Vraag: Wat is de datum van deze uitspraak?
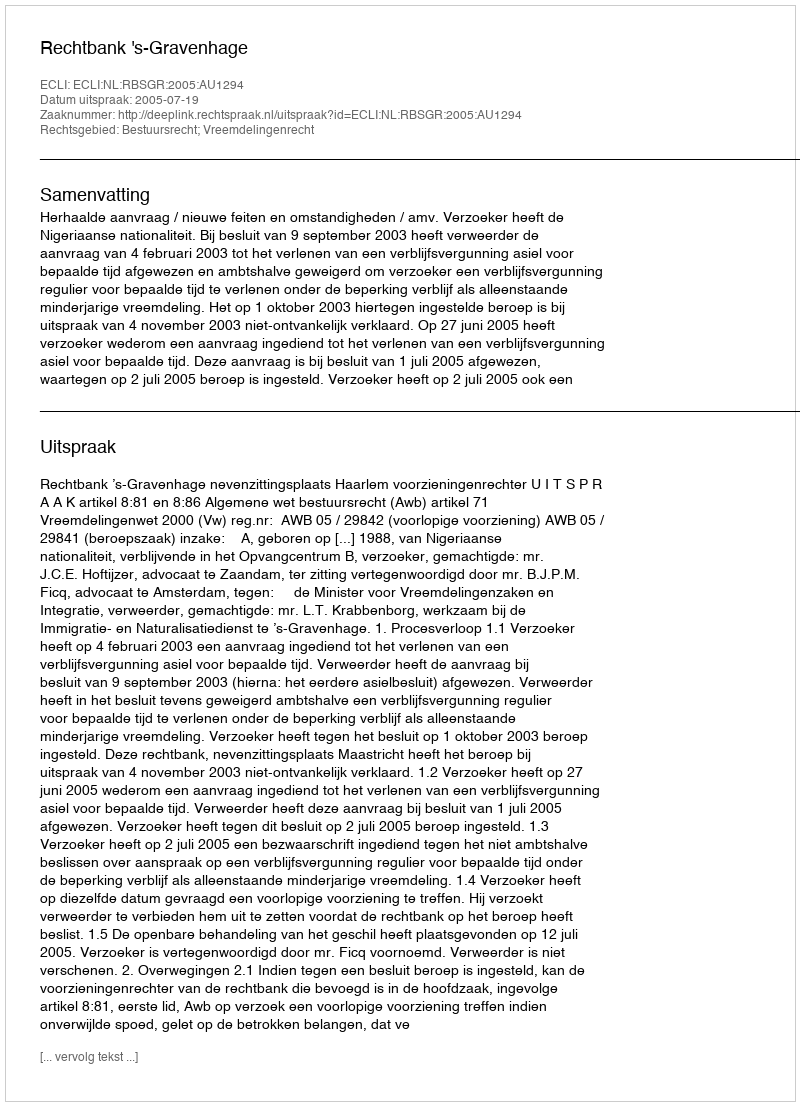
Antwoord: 2005-07-19